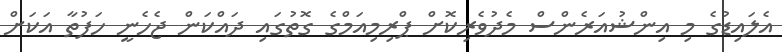
އެލައިޑުގެ މި އިންޝުއަރެންސް މެދުވެރިކޮށް ޕްރިމިއަމްގެ ގޮތުގައި ދައްކަން ޖެހެނީ ހަފުތާ އަކަށް